Report on sanitation, dispensaries, and jails in Rajputana for 1909, and on vaccination for the year 1909-1910 - 1909-1910
Year: 1909
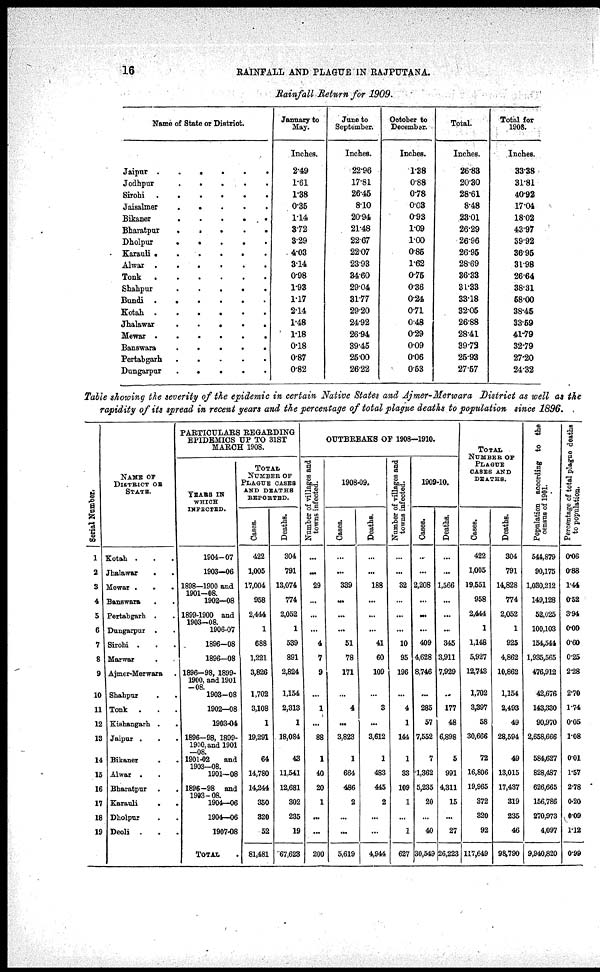
16
RAINFALL AND PLAGUE IN RAJPUTANA.
Rainfall Return for 1909.
Name of state or district.
Jaipur
.
.
.
.
.
.
.
Jodhpur
.
.
.
.
.
Sirohi . . . . . .
Jaisalmer
.
.
.
.
.
Bikaner
.
.
.
.
.
Bharatpur
.
.
.
.
.
Dholpur
.
.
.
.
.
Karauli .
.
.
.
. .
Alwar .
.
.
.
.
.
Tonk
.
.
.
.
.
.
Shahpur
.
.
.
.
.
Bundi
.
.
.
.
.
.
Kotah
.
.
.
.
.
.
Jhalawar
.
.
.
.
.
Mewar
.
.
.
.
.
.
Banswara
.
.
.
.
.
Pertabgarh
.
.
.
.
.
Dungarpur
.
.
.
.
.
January to
May.
Inches.
2.49
1.61
1.38
0.36
1.14
3.72
3.29
4.03
3.14
0.98
1.93
1.17
2.14
1.48
1.18
0.18
0.87
0.82
June to
September.
Inches.
22.96
17.81
26.46
8.10
20.94
21.48
22.67
22.07
23.93
34.60
29.04
31.77
29.20
24.92
26.94
39.45
25.00
26.22
October to
December.
Inches.
1.38
0.88
0.78
0.03
0.93
1.09
1.00
0.85
1.62
0.75
0.36
0.24
0.71
0.48
0.29
0.09
0.06
0.53
Total.
Inches.
26.83
20.30
28.61
8.48
23.01
26.29
26.96
26.95
28.69
36.33
31.33
33.18
32.05
26.88
28.41
39.72
25.93
27.57
Total for
1908.
Inches.
33.38
31.81
40.92
17.04
18.02
43.97
39.92
36.95
31.98
26.64
38.31
58.00
38.45
33.59
41.79
32.79
27.20
24.32
Table showing the severity of the epidemic in certain Native States and Ajmer-Merwara District as well as the
rapidity of its spread in recent years and the percentage of total plague deaths to population since 1896.
Serial Number.
1
2
3
4
5
6
7
8
9
10
11
12
13
14
15
16
17
18
19
NAME OF
DISTRICT OF
STATE.
Kotah . . .
Jhalawar
. .
Mewar .
.
.
Banswara . .
Pertabgarh . .
Dungarpur . .
Sirohi . . .
Marwar . .
Ajmer-Merwara .
Shahpur . .
Tonk . . .
Kishangarh .
.
Jaipur . . .
Bikaner . .
Alwar . .
Bharatpur .
.
Karauli
. .
Dholpur . .
Deoli . . .
PARITCULARS REGARDING
EPIDEMICS UP TO 31ST
MARCH 1908.
YEARS IN
WHICH
INFECTED.
1904-07
1903-06
1898—1900 and
1901—08.
1902-08
1899-1900 and
1903-08.
1906-07
1896-08
1896-08
1896-98, 1899-
1900, and 1901
-08.
1903-08
1902—08
1903-04
1896—98, 1899-
1900, and 1901
—08.
1901-02 and
1903—08.
1901-08
1896-98 and
1903-08.
1904-06
1904-06
1907-08
TOTAL .
TOTAL
NUMBER OF
PLAGUE CASES
AND DEATHS
REPORTED.
Cases.
422
1,005
17,004
958
2,444
1
688
1,221
3,826
1,702
3,108
1
19,291
64
14,780
14,244
350
320
52
81,481
Deaths.
304
791
13,074
774
2,052
1
539
891
2,824
1,154
2,313
1
18,084
43
11,541
12,681
302
235
19
67,623
OUTBREAKS OF 1908-1910.
Number of villages and
towns infected.
...
...
29
...
...
...
4
7
9
...
1
...
88
1
40
20
1
...
...
200
1908-09.
Cases.
...
...
339
...
...
...
51
78
171
...
4
...
3,823
1
664
486
2
...
...
5,619
Deaths.
...
...
188
...
...
...
41
60
109
...
3
...
3,612
1
483
445
2
...
...
4,944
Number
of villages and
towns infected.
...
...
32
...
...
...
10
95
196
...
4
1
144
1
33
109
1
...
1
627
1909-10.
Cases.
..
...
2,208
...
...
...
409
4,628
8,746
...
285
57
7,552
7
1,362
5,235
20
...
40
30,549
Deaths.
...
...
1,566
...
...
...
345
3,911
7,929
...
177
48
6,898
5
991
4,311
15
...
27
26,223
TOTAL
NUMBER OF
PLAGUE
CASES AND
DEATHS.
Cases.
422
1,005
19,551
958
2,444
1
1,148
5,927
12,743
1,702
3,397
58
30,666
72
16,806
19,965
372
320
92
117,649
Deaths.
304
791
14,828
774
2,052
1
925
4,862
10,862
1,154
2,493
49
28,594
49
13,015
17,437
319
235
46
98,790
Population according to the
census of 1901.
544,879
90,175
1,030,212
149,128
52,025
100,103
154,541
1,935,565
476,912
42,676
143,330
90,970
2,658,666
584,627
828,487
626,665
156,786
270,973
4,097
9,940,820
Percentage of total plague deaths
to population.
0.06
0.88
1.44
0.52
3.94
0.00
0.60
0.25
2.28
2.70
1.74
0.05
1.08
0.01
1.57
2.78
0.20
0.09
1.12
0.99